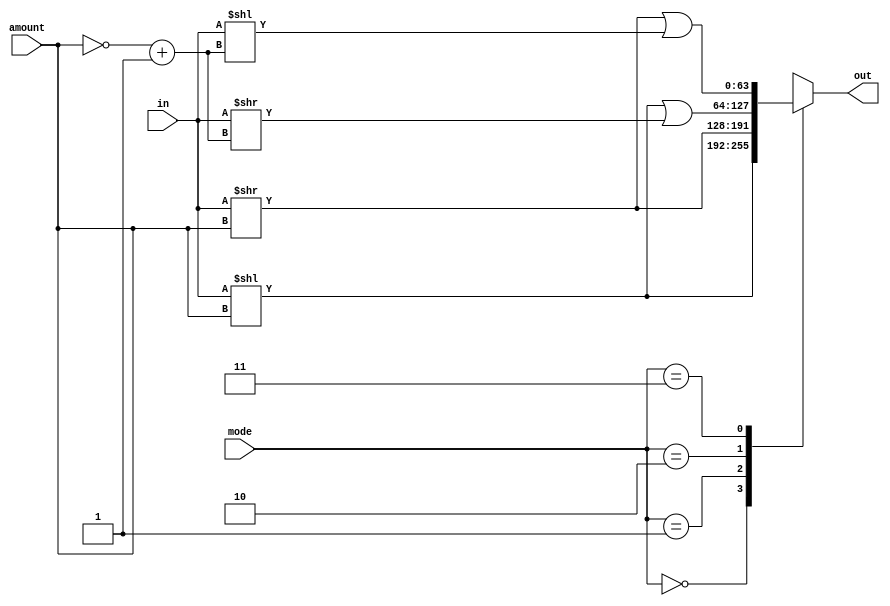
module barrel_shifter#(parameter DSIZE = 64, parameter ASIZE = 6)(
  output reg [DSIZE-1:0] out,
  input [ASIZE-1:0] amount,
  input [1:0] mode,
  input [DSIZE-1:0] in
);

  always @(*) begin
    case(mode)
      2'b00:
      begin
        out <= in << {1'b0,amount};
      end
      2'b01:
      begin
        //out <= in >> {1'b0,amount} | {DSIZE{1'b1}} << ({1'b0,~amount}+1'b1);
        out <= in >> {1'b0,amount};
      end
      2'b10:
      begin
        out <= in << {1'b0,amount} | in >> ({1'b0,~amount}+1'b1); 
      end
      2'b11:
      begin
        out <= in >> {1'b0,amount} | in << ({1'b0,~amount}+1'b1);
      end
    endcase
  end
  
endmodule